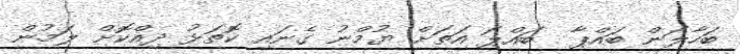
ބަހާލަން ބައްޕާ  ބައްޕަ އަތަށް ޔުމްނު ގެނައި ކޮތަޅު ދިއްކޮށް ލަމުން